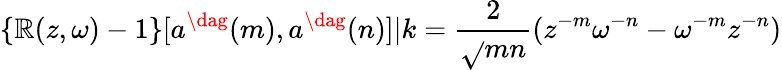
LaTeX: \{ \mathbb{R}(z,\omega)-1\} [a^{\dag}(m),a^{\dag}(n)]|k=\frac{{2}}{{\sqrt{}{{mn}}}}(z^{-m}\omega^{-n}-\omega^{-m}z^{-n})